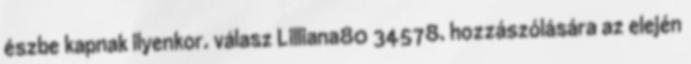
észbe kapnak ilyenkor. válasz Lilliana80 34578. hozzászólására az elején